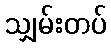
သျှမ်းတပ်